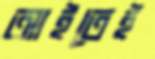
আইতেই